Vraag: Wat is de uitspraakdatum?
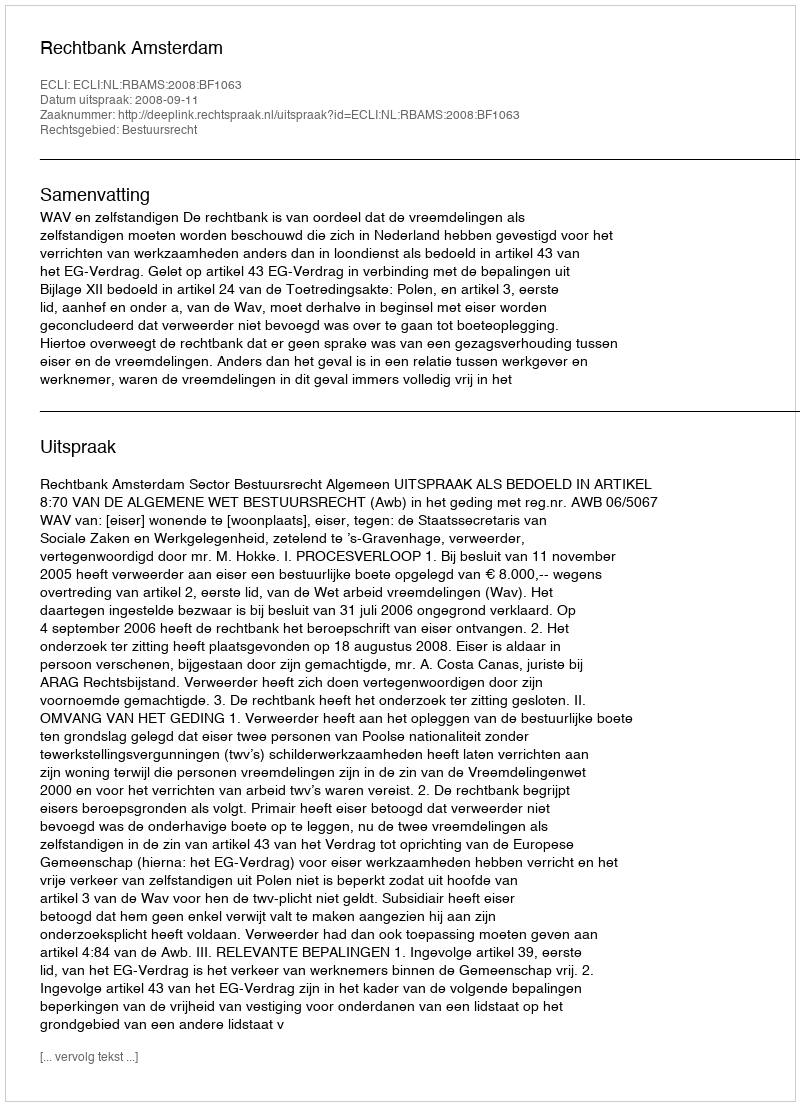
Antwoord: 2008-09-11